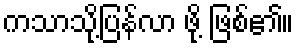
ကသာသို့ပြန်လာ ဖို့ ဖြစ်၏။